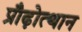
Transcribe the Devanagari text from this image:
प्रौढ़ोत्थान